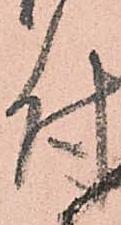
付